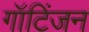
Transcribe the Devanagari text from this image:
गॉटिंजन